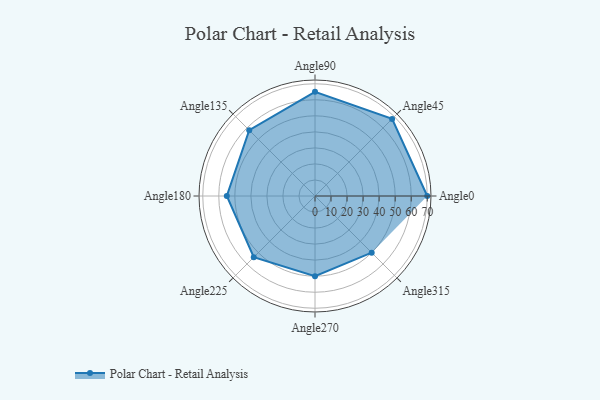
{"axis": {"x": "Angle", "y": "Radius"}, "legend": [""], "data": [{"x": "Angle0", "y": 70.0, "type": ""}, {"x": "Angle45", "y": 68.0, "type": ""}, {"x": "Angle90", "y": 65.0, "type": ""}, {"x": "Angle135", "y": 58.0, "type": ""}, {"x": "Angle180", "y": 55.0, "type": ""}, {"x": "Angle225", "y": 54.0, "type": ""}, {"x": "Angle270", "y": 50, "type": ""}, {"x": "Angle315", "y": 50, "type": ""}]}